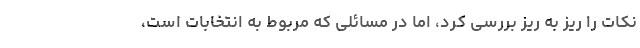
نکات را ریز به ریز بررسی کرد، اما در مسائلی که مربوط به انتخابات است،